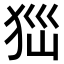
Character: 𤝾